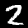
Label: 2